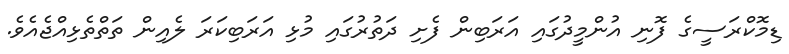
ޑިމޮކްރަސީގެ ފޮނި އުންމީދުގައި އަރަބިން ފެށި ދަތުރުގައި މުޅި އަރަބިކަރަ ލެއިން ތަތްތެޅިއްޖެއެވެ.